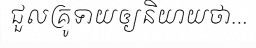
ជួលគ្រូទាយឲ្យនិយាយថា...